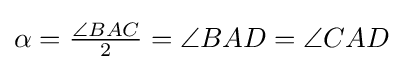
{\textstyle \alpha ={\frac {\angle BAC}{2}}=\angle BAD=\angle CAD}